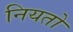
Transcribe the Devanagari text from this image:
नियतो